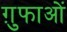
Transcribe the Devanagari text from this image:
ग़ुफाओं